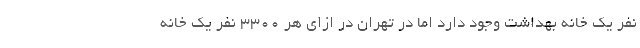
نفر یک خانه بهداشت وجود دارد اما در تهران در ازای هر ۳۳۰۰ نفر یک خانه